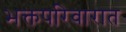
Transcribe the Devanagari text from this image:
भक्तपरिवारात